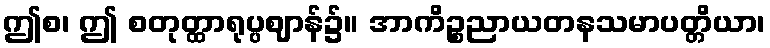
ဤစ၊ ဤ စတုတ္ထာရုပ္ပဈာန်၌။ အာကိဉ္စညာယတနသမာပတ္တိယာ၊